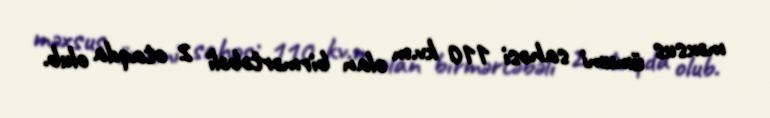
məxsus ümumi sahəsi 110 kv.m olan birmərtəbəli 2 otaqda olub.